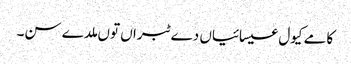
کامے کیول عیسائیاں دے ٹبراں توں ملدے سن۔